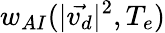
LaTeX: w_{AI}(|\vec{v_{d}}|^{2},T_{e})